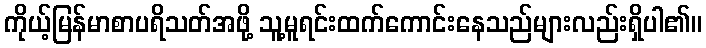
ကိုယ့်မြန်မာစာပရိသတ်အဖို့ သူ့မူရင်းထက်ကောင်းနေသည်များလည်းရှိပါ၏။